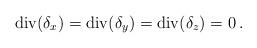
LaTeX: \begin{align*}\mathrm{div}(\delta_x) = \mathrm{div}(\delta_y) = \mathrm{div}(\delta_z)=0\,.\end{align*}